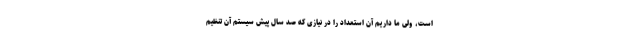
است، ولی ما داریم آن استعداد را در نیازی که صد سال پیش سیستم آن تنظیم